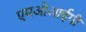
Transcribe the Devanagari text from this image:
एमओआईपी